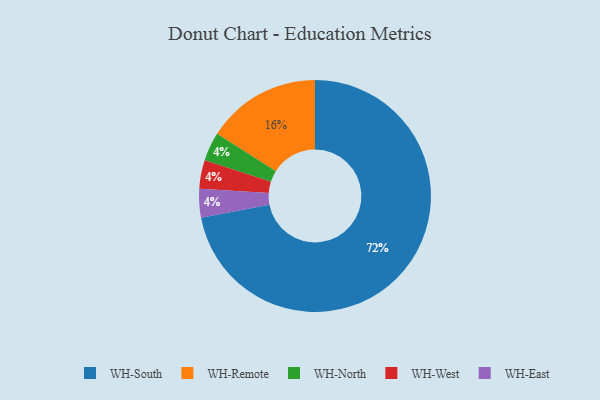
{"axis": {"x": "Category", "y": "Percentage"}, "legend": ["WH-East", "WH-North", "WH-Remote", "WH-South", "WH-West"], "data": [{"x": "WH-South", "y": 72, "type": "WH-South"}, {"x": "WH-North", "y": 4, "type": "WH-North"}, {"x": "WH-Remote", "y": 16, "type": "WH-Remote"}, {"x": "WH-West", "y": 4, "type": "WH-West"}, {"x": "WH-East", "y": 4, "type": "WH-East"}]}